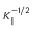
K _ { \parallel } ^ { - 1 / 2 }